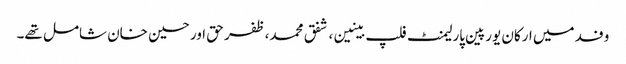
وفد میں ارکان یورپین پارلیمنٹ فلپ بینین، شفق محمد، ظفر حق اور حسین خان شامل تھے۔